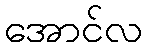
အောင်လ